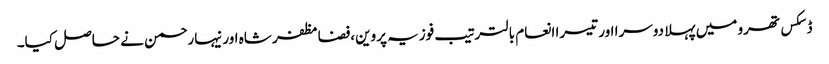
ڈسکس تھرو میں پہلا دوسرا اور تیسرا انعام بالترتیب فوزیہ پروین،فضامظفر شاہ اور نیہارحمن نے حاصل کیا۔